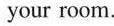
your room.